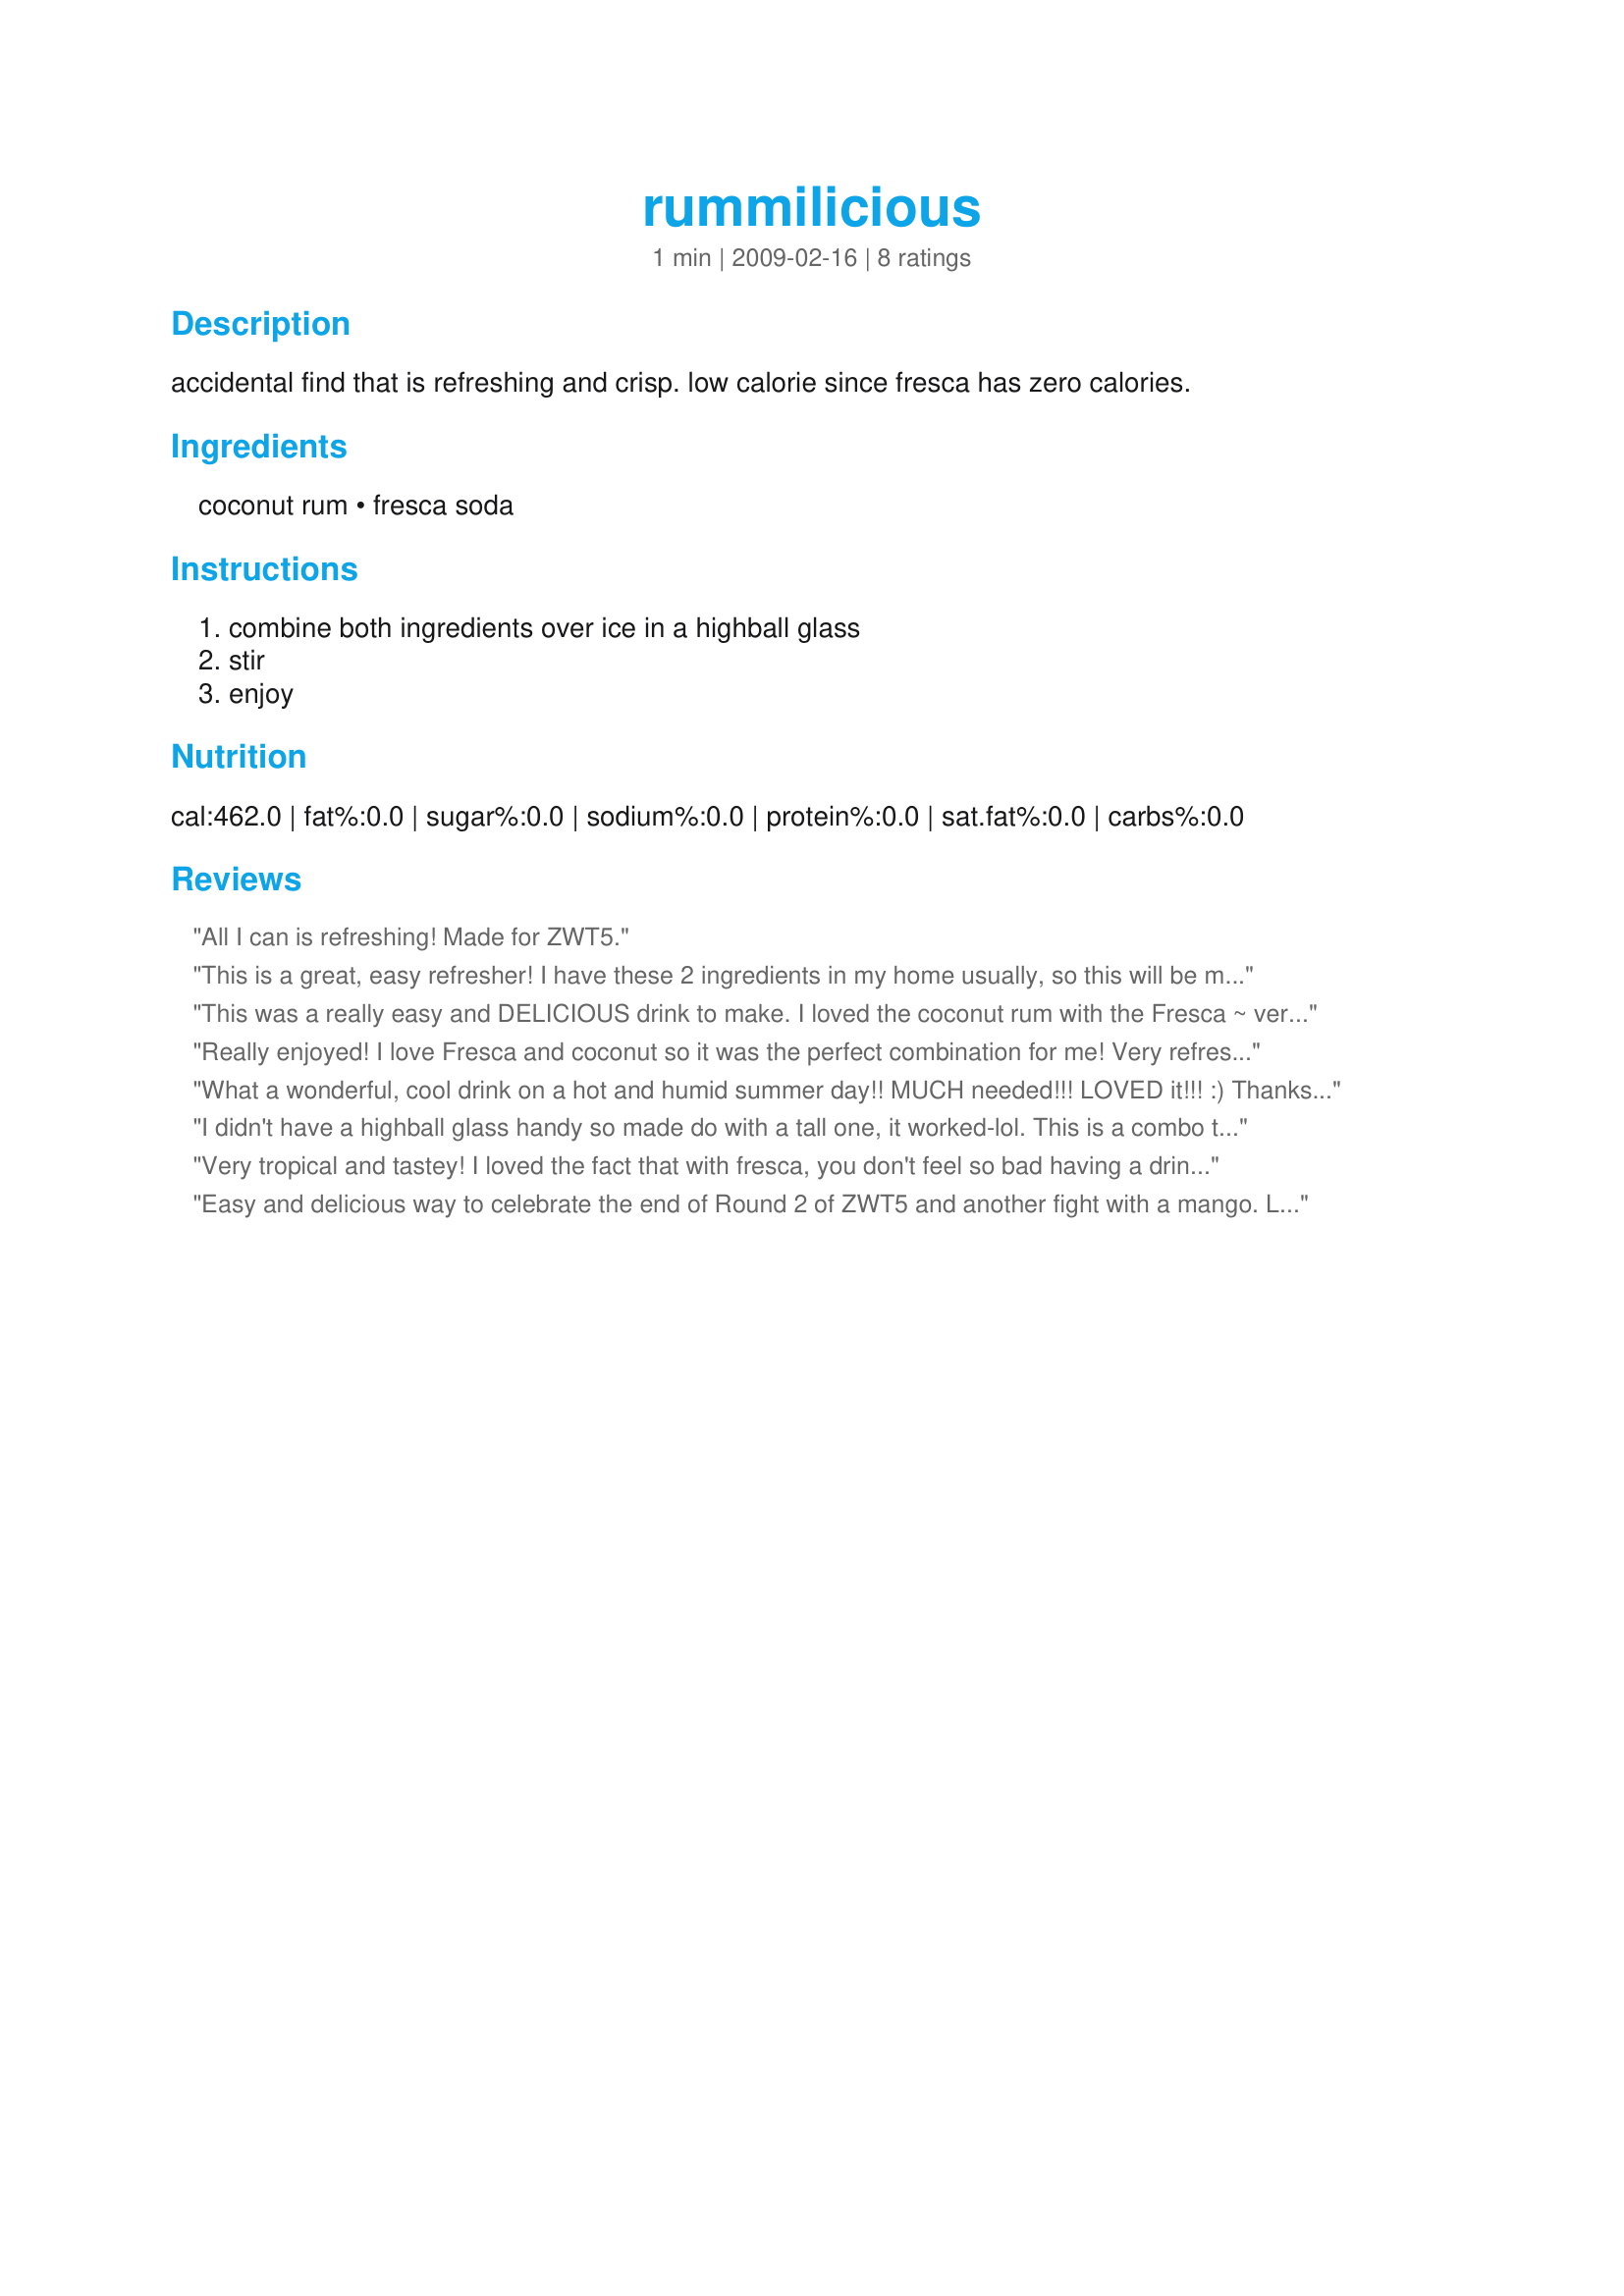
rummilicious
Preparation time: 1 minutes

accidental find that is refreshing and crisp. low calorie since fresca has zero calories.

Ingredients:
coconut rum, fresca soda

Steps:
combine both ingredients over ice in a highball glass, stir, enjoy

Reviews:
All I can is refreshing! Made for ZWT5.
This is a great, easy refresher! I have these 2 ingredients in my home usually, so this will be made alot! I added a squeeze of lime, just for taste...And I don't have to feel guilty, like I do with some other cocktails. Thanks, Vicki in CT, for sharing your discovery!
This was a really easy and DELICIOUS drink to make. I loved the coconut rum with the Fresca ~ very tropical and refreshing. Thanks Vicki! Made for ZWT5.
Really enjoyed! I love Fresca and coconut so it was the perfect combination for me! Very refreshing and just screams "summertime"!! Will definitely keep this in the file for future use!

Thanks for sharing! Made for Ali Baba Babes for ZWT5.
What a wonderful, cool drink on a hot and humid summer day!! MUCH needed!!! LOVED it!!! :) Thanks so much!! :) Made for the ZWT5! :)
I didn't have a highball glass handy so made do with a tall one, it worked-lol. This is a combo that I would never have thought of but boy does it work. I forced DH, who's a Run and Coke fan to try this and almost didn't get my glass back! This goes down very easily, maybe too easily. I think we just might be getting a regular size bottle of Malibu for the summer :D. Made for Photo Tag.
Very tropical and tastey! I loved the fact that with fresca, you don't feel so bad having a drink. I did find it a little sweet, so I squeezed a little extra lime juice into it. Thanks for sharing your easy to make drink!
Easy and delicious way to celebrate the end of Round 2 of ZWT5 and another fight with a mango. Like a spritzer. Thanks for sharing this recipe, Vicki. Made as "Slice of Lime Babe" of the Brickhouse Bodacious Babes for ZWT5 Caribbean region.
